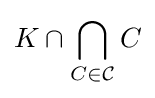
K\cap \bigcap _{C\in {\mathcal {C}}}C